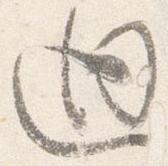
廻